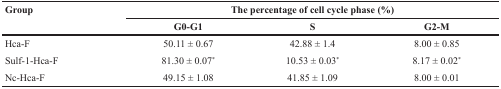
<table><thead><tr><td rowspan="2"><b>Group</b></td><td colspan="3"><b>The percentage of cell cycle phase (%)</b></td></tr><tr><td><b>G0-G1</b></td><td><b>S</b></td><td><b>G2-M</b></td></tr></thead><tbody><tr><td>Hca-F</td><td>50.11 ± 0.67</td><td>42.88 ± 1.4</td><td>8.00 ± 0.85</td></tr><tr><td>Sulf-1-Hca-F</td><td>81.30 ± 0.07*</td><td>10.53 ± 0.03*</td><td>8.17 ± 0.02*</td></tr><tr><td>Nc-Hca-F</td><td>49.15 ± 1.08</td><td>41.85 ± 1.09</td><td>8.00 ± 0.01</td></tr></tbody></table>